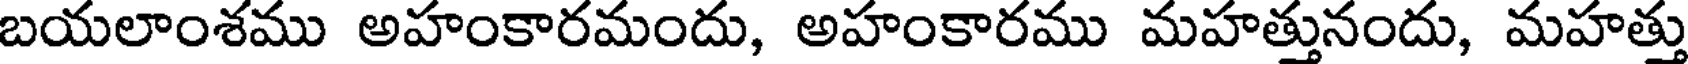
బయలాంశము అహంకారమందు, అహంకారము మహత్తునందు, మహత్తు